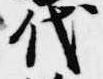
代